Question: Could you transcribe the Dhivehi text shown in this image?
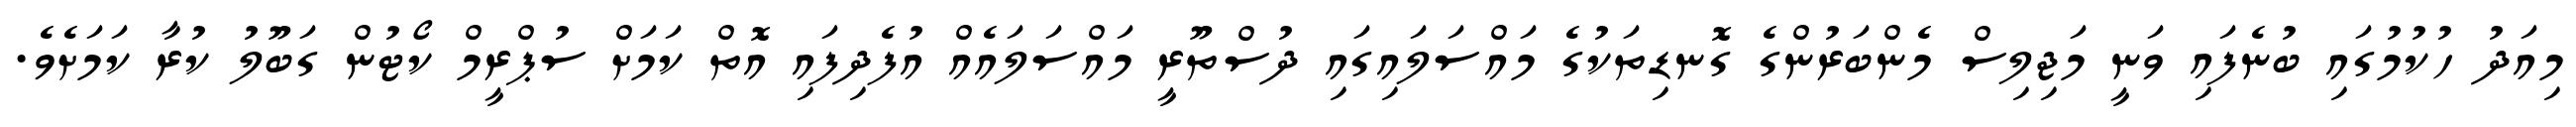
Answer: މިއަދު ހުކުމުގައި ބުނެފައި ވަނީ މަޖިލިސް މެންބަރުންގެ ގޮނޑިތަކުގެ މައްސަލައިގައި ދުސްތޫރީ މައްސަލައެއް އުފެދިފައި އޮތް ކަމަށް ސުޕްރީމް ކޯޓުން ގަބޫލު ކުރާ ކަމަށެވެ.